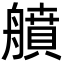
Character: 䒈